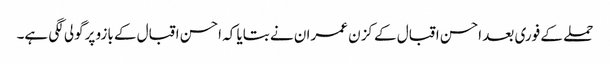
حملے کے فوری بعد احسن اقبال کے کزن عمران نے بتایا کہ احسن اقبال کے بازو پرگولی لگی ہے۔